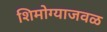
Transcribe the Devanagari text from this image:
शिमोग्याजवळ